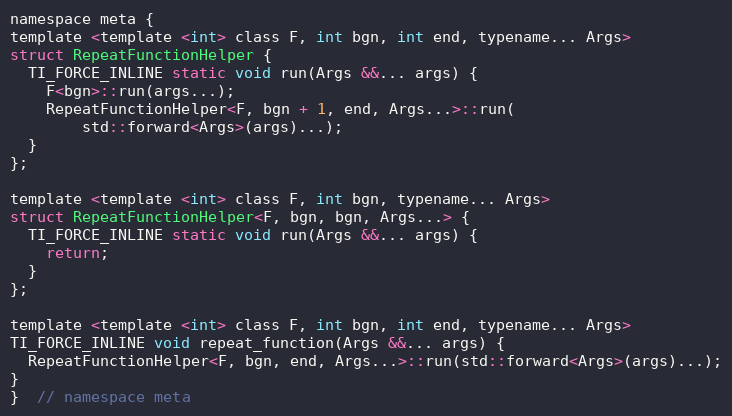
Language: C
namespace meta {
template <template <int> class F, int bgn, int end, typename... Args>
struct RepeatFunctionHelper {
  TI_FORCE_INLINE static void run(Args &&... args) {
    F<bgn>::run(args...);
    RepeatFunctionHelper<F, bgn + 1, end, Args...>::run(
        std::forward<Args>(args)...);
  }
};

template <template <int> class F, int bgn, typename... Args>
struct RepeatFunctionHelper<F, bgn, bgn, Args...> {
  TI_FORCE_INLINE static void run(Args &&... args) {
    return;
  }
};

template <template <int> class F, int bgn, int end, typename... Args>
TI_FORCE_INLINE void repeat_function(Args &&... args) {
  RepeatFunctionHelper<F, bgn, end, Args...>::run(std::forward<Args>(args)...);
}
}  // namespace meta